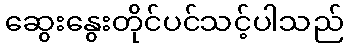
ဆွေးနွေးတိုင်ပင်သင့်ပါသည်